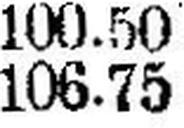
106.75